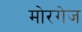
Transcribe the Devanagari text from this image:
मोरगेज